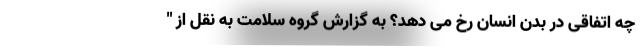
چه اتفاقی در بدن انسان رخ می دهد؟ به گزارش گروه سلامت به نقل از "